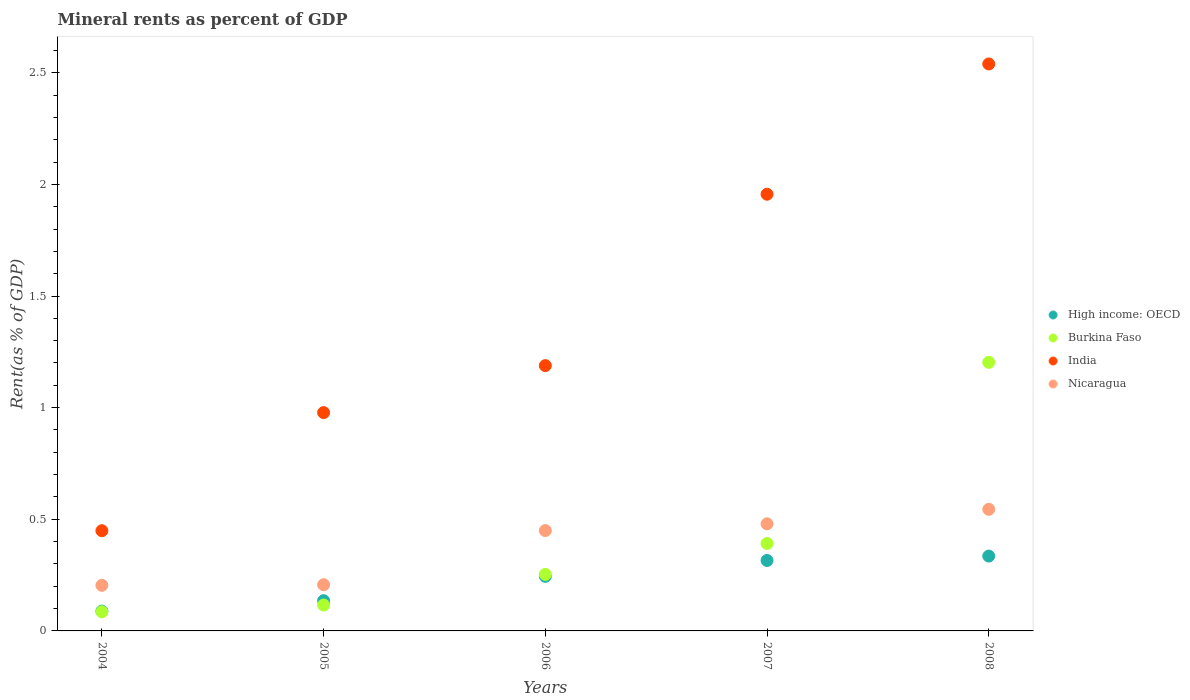
| Years | High income: OECD | Burkina Faso | India | Nicaragua |
 | --- | --- | --- | --- | --- |
 | 2004 | 0.0889 | 0.0858 | 0.449 | 0.204 |
 | 2005 | 0.135 | 0.116 | 0.978 | 0.207 |
 | 2006 | 0.244 | 0.253 | 1.19 | 0.449 |
 | 2007 | 0.316 | 0.392 | 1.96 | 0.48 |
 | 2008 | 0.335 | 1.2 | 2.54 | 0.545 |